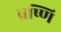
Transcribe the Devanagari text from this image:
व्रष्णि